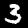
Digit: 3